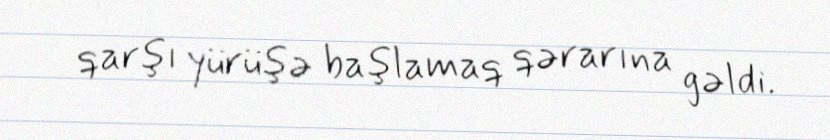
qarşı yürüşə başlamaq qərarına gəldi.